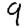
Digit: 9